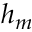
h _ { m }